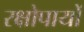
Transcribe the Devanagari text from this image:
रक्षोपायों